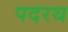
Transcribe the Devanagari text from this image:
पदरथ